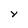
Character: Y